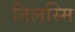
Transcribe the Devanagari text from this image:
तिलस्मि